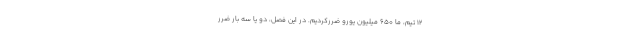
12 تیم، ما 650 میلیون یورو ضررکردیم. در این فصل، دو یا سه بار ضرر